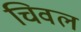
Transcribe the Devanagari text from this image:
चिवल